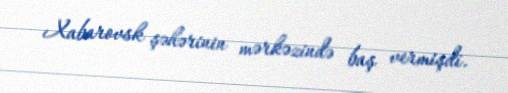
Xabarovsk şəhərinin mərkəzində baş vermişdi.